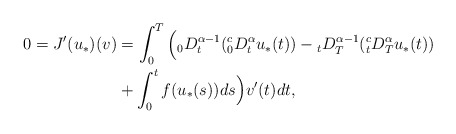
\begin{align*}\begin{aligned} 0 = J'(u_*)(v) &=\int_0^T \Big({}_0 D_t^{\alpha-1}({}_0^cD_t^{\alpha} u_*(t)) - {}_t D_T^{\alpha-1}({}_t^c D_T^{\alpha} u_*(t)) \\&+ \int_0^t f(u_*(s))ds\Big) v'(t) dt, \end{aligned} \end{align*}